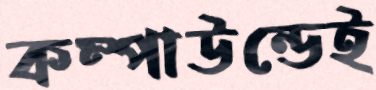
কম্পাউন্ডেই